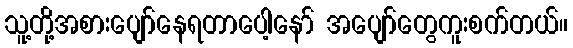
သူ့တို့အစားပျော်နေရတာပေါ့နော် အပျော်တွေကူးစက်တယ်။